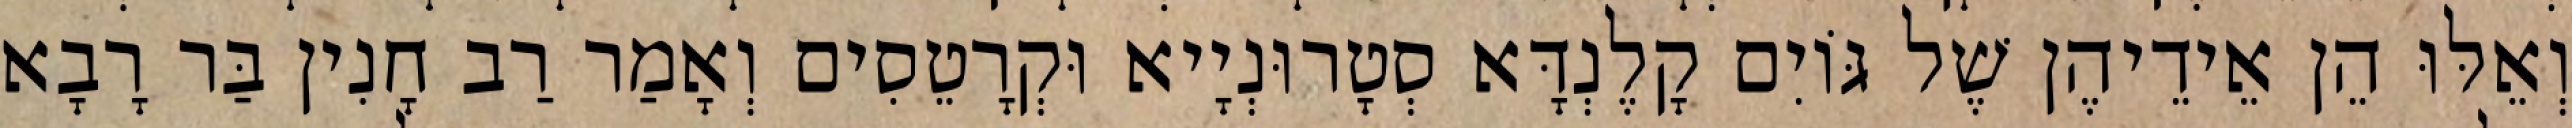
וְאֵלּוּ הֵן אֵידֵיהֶן שֶׁל גּוֹיִם קָלֶנְדָּא סְטָרוּנְיָיא וּקְרָטֵסִים וְאָמַר רַב חָנִין בַּר רָבָא